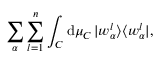
\sum _ { \alpha } \sum _ { l = 1 } ^ { n } \int _ { \cal C } \mathrm { d } \mu _ { \cal C } \, | w _ { \alpha } ^ { l } \rangle \langle w _ { \alpha } ^ { l } | ,